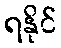
ရနိုင်